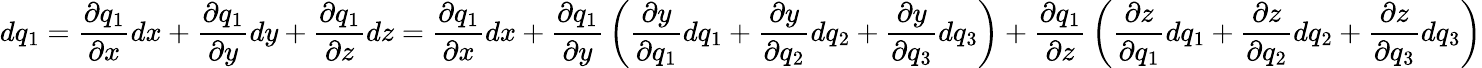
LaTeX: dq_{1}={\frac{\partial q_{1}}{\partial x}}dx+{\frac{\partial q_{1}}{\partial y}}dy+{\frac{\partial q_{1}}{\partial z}}dz={\frac{\partial q_{1}}{\partial x}}dx+{\frac{\partial q_{1}}{\partial y}}\left({\frac{\partial y}{\partial q_{1}}}dq_{1}+{\frac{\partial y}{\partial q_{2}}}dq_{2}+{\frac{\partial y}{\partial q_{3}}}dq_{3}\right)+{\frac{\partial q_{1}}{\partial z}}\left({\frac{\partial z}{\partial q_{1}}}dq_{1}+{\frac{\partial z}{\partial q_{2}}}dq_{2}+{\frac{\partial z}{\partial q_{3}}}dq_{3}\right)